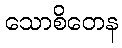
သောစိတေန